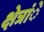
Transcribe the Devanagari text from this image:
क्षेत्रांे